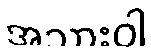
အသားဝါ